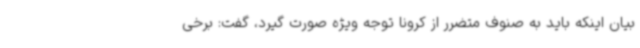
بیان اینکه باید به صنوف متضرر از کرونا توجه ویژه صورت گیرد، گفت: برخی